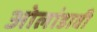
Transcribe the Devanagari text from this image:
ओलांडावी